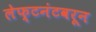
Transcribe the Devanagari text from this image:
लेफ्टनंटवरून